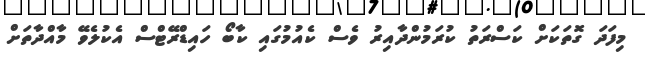
މިފަދަ ގޮތަކަށް ކަސްރަތު ކުރަމުންދާއިރު ވެސް ކެއުމުގައި ކާބޯ ހައިޑްރޭޓްސް އެކުލެވޭ މާއްދާތަށް